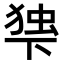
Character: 𬻨